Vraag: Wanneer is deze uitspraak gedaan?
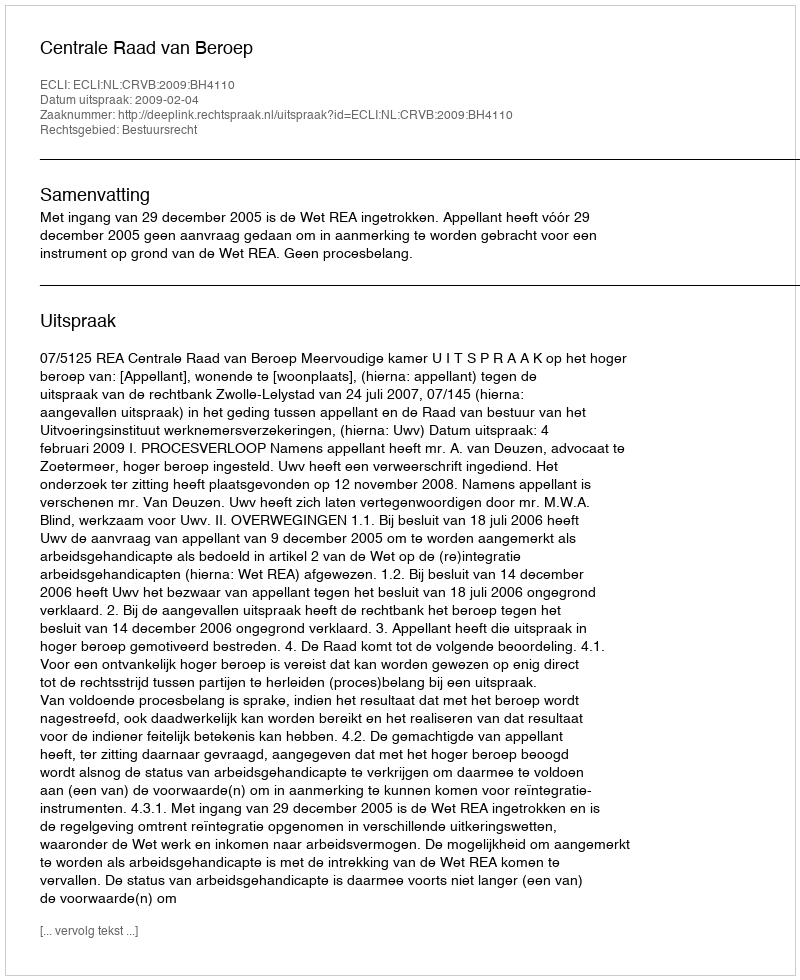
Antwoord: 2009-02-04